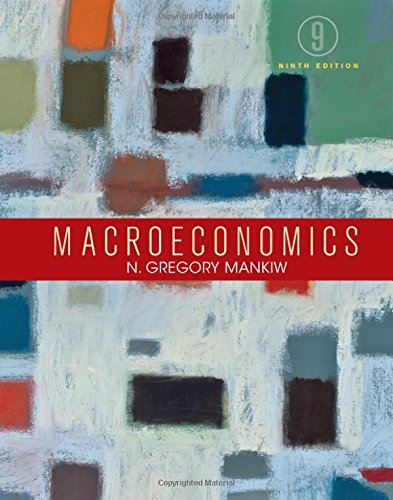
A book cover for Macroeconomics; N. Gregory Mankiw; Business & Money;